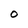
Character: O